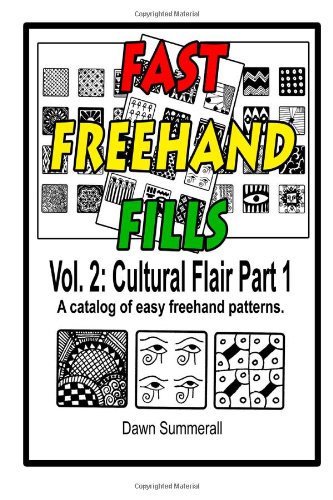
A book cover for Fast Freehand Fills: Vol. 2 Cultural Flair Part 1 (Volume 2); Dawn Summerall; Arts & Photography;